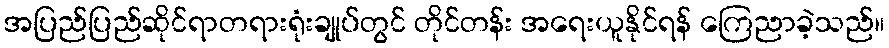
အပြည်ပြည်ဆိုင်ရာတရားရုံးချုပ်တွင် တိုင်တန်း အရေးယူနိုင်ရန် ကြေညာခဲ့သည်။